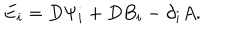
E _ { i } = D \Psi _ { i } + D B _ { i } - \partial _ { i } A .